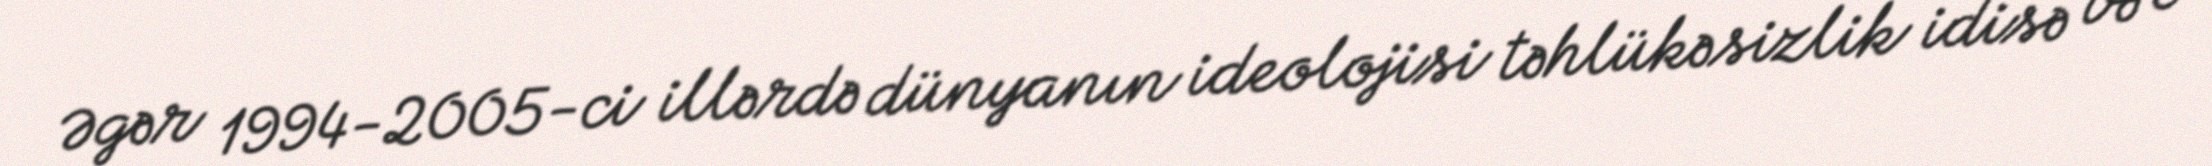
Əgər 1994-2005-ci illərdə dünyanın ideolojisi təhlükəsizlik idisə və o